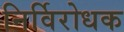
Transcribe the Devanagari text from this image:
निर्विरोधक